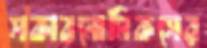
সকারনোমিকসের